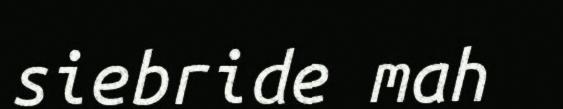
siebride mah